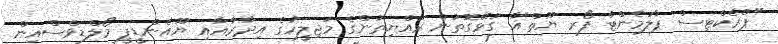
"ޕްރެކްޓިސް ޕާލަމެންޓް ފޯރ ޔޫތް"އާ ގުޅޭގޮތުން ރައްޔިތުންގެ މަޖިލީހުގެ އިދާރާއާއި ޔޫއެންޑީޕީ މޯލްޑިވްސްއިން